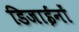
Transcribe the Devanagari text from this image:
डिजाईनों